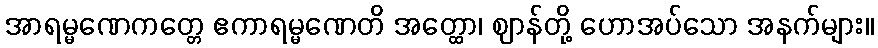
အာရမ္မဏေကတ္တေ ဧကာရမ္မဏေတိ အတ္ထော၊ ဈာန်တို့ ဟောအပ်သော အနက်များ။